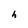
Character: h